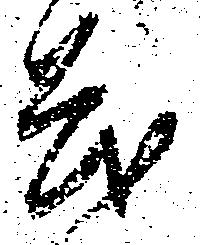
も